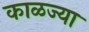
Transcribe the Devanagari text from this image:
काळज्या